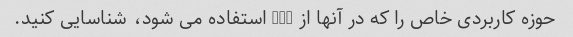
حوزه کاربردی خاص را که در آنها از GPT استفاده می شود، شناسایی کنید.